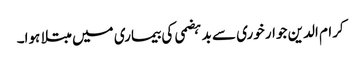
کرام الدین جوار خوری سے بد ہضمی کی بیماری میں مبتلا ہوا۔